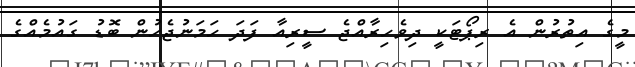
މީގެ އިތުރުން އެ ރިޕޯޓަކީ ދިވެހިރާއްޖެ ސީރިއާ ފަދަ ހަމަނުޖެހުން ބޮޑު ގައުމެއްގެ